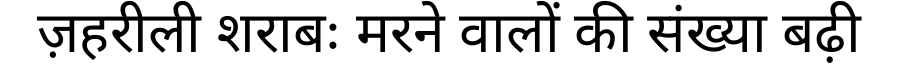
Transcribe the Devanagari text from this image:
ज़हरीली शराबः मरने वालों की संख्या बढ़ी